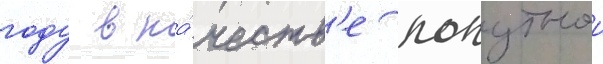
году в ка́честв'е попутнои